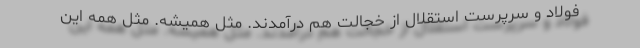
فولاد و سرپرست استقلال از خجالت هم درآمدند. مثل همیشه. مثل همه این